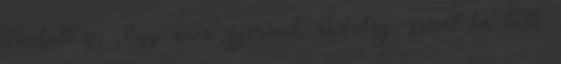
Énekelt is: „Egy árva gyermek andalog, szívét bú tölti